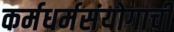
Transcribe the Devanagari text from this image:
कर्मधर्मसंयोगाची